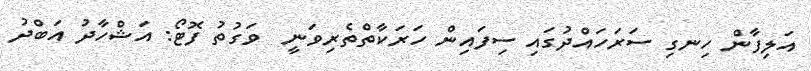
އަލިފާން ހިނގި ސަރަހައްދުގައި ސިފައިން ހަރަކާތްތެރިވަނީ  ވަގުތު ފޮޓޯ: އަޝްހާދު އަބްދު